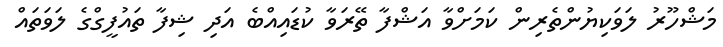
މަޝްހޫރު ލަވަކިޔުންތެރިން ކަމަށްވާ އަޝްފާ ތޭރަވާ ކުޑައިއްބެ އަދި ޝިފާ ތައުފީގްގެ ލަވަތައް